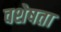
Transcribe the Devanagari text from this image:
वशेषता